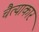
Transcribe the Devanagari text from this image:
चैत्याकार